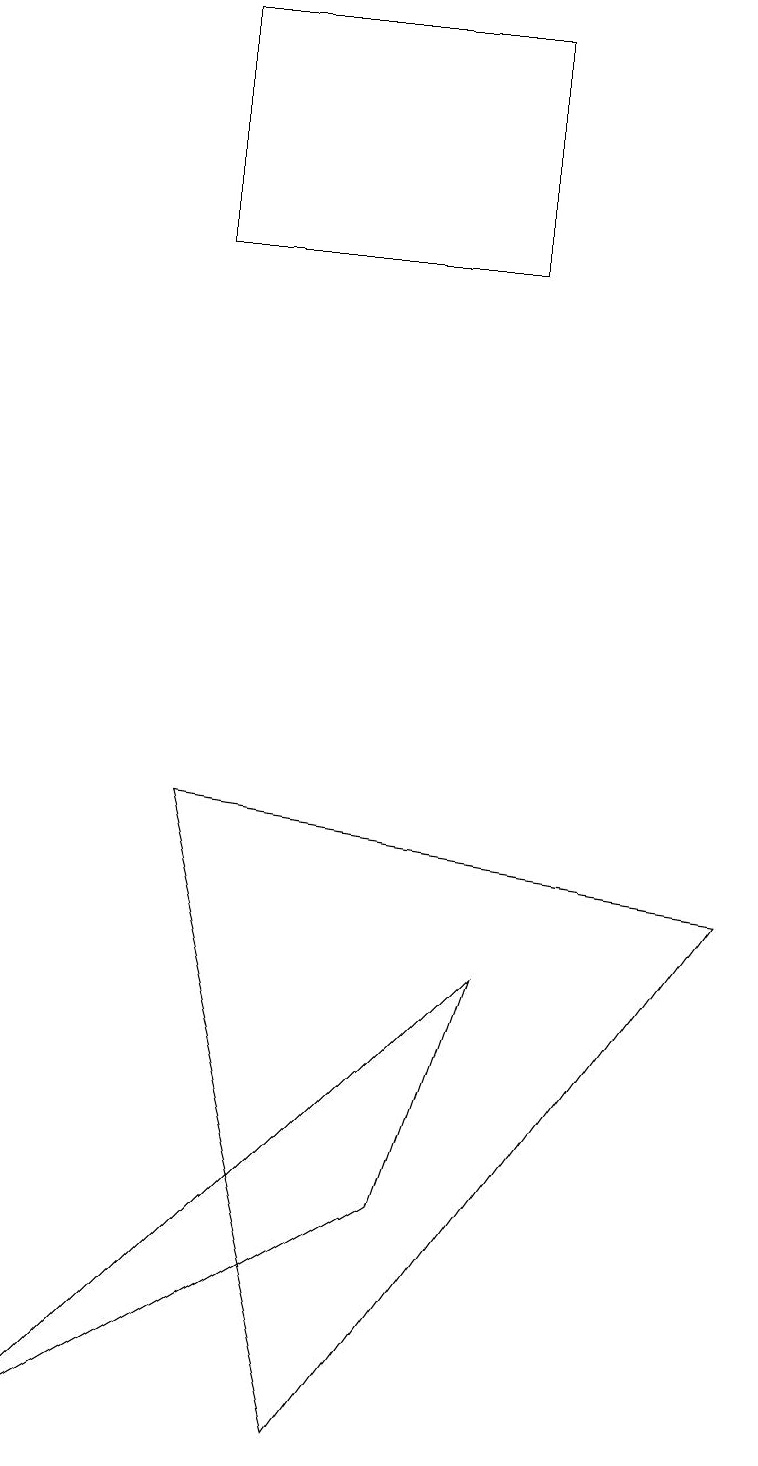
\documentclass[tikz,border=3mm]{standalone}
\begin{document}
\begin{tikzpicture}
\draw (6,18) rectangle (2,15);
\draw (2,8) -- (9,7) -- (4,0) -- cycle;
\draw (6,6) -- (0,0) -- (5,3) -- cycle;
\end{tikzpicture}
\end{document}